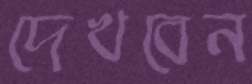
দেখবেন